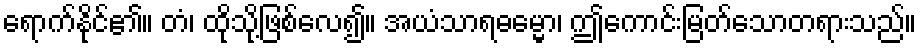
ရောက်နိုင်၏။ တံ၊ ထိုသို့ဖြစ်လေ၍။ အယံသာရဓမ္မော၊ ဤကောင်းမြတ်သောတရားသည်။